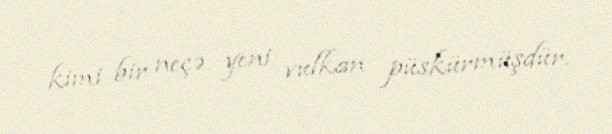
kimi bir neçə yeni vulkan püskürmüşdür.